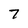
Character: 7